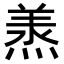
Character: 𭵠